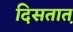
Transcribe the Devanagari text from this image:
दिसतात़